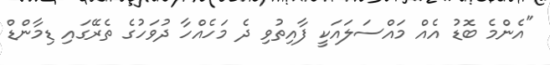
"އެންމެ ބޮޑު އެއް މައްސަލައަކީ ފާއިތުވި ދެ މަހެއްހާ ދުވަހުގެ ތެރޭގައި ޑިމާންޑް